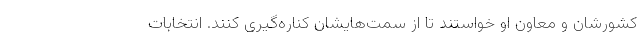
کشورشان و معاون او خواستند تا از سمت‌هایشان کناره‌گیری کنند. انتخابات